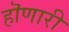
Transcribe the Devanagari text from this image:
हॊणारी